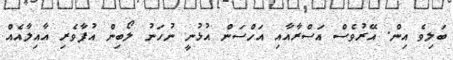
ބަލިވެ އިން. އޭރުވެސް އަސްރާއާއި އަހްސަން އުޅުނީ ނުހަނު ލޯބިން އުފާވެރި އާއިލާއެއް